Vaccine operations Central Provinces & Berar 1922-1929 - 1922-1929
Year: 1922
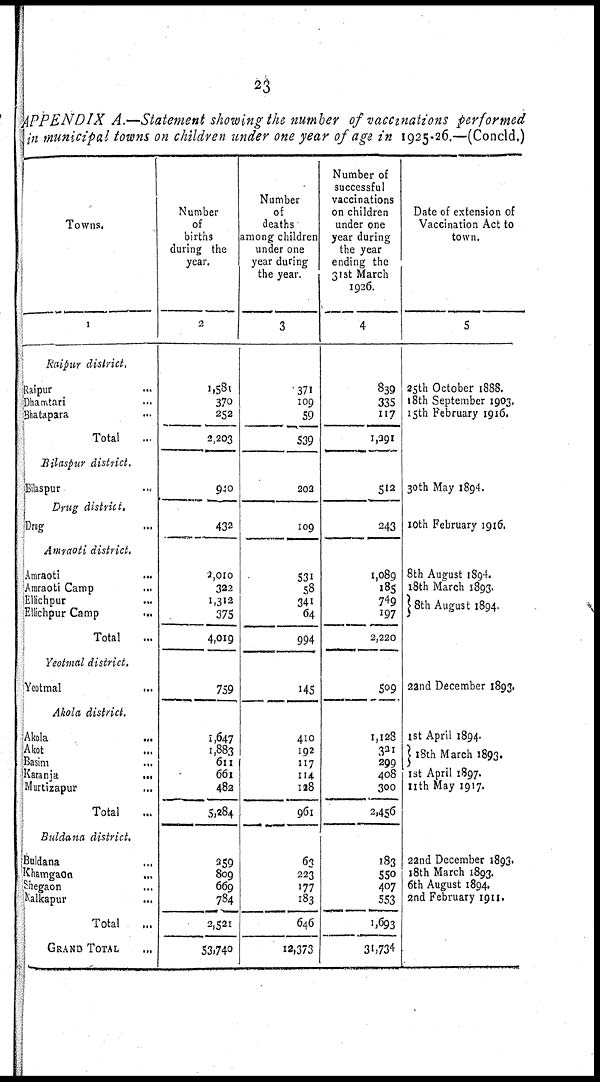
23
APPENDIX A.—Statement showing the number of vaccinations performed
in municipal towns on children under one year of age in 1925-26.—(Concld.)
Towns.
1
Raipur
district.
Raipur ...
Dhamtari ...
Bhatapara ...
Total ...
Bilaspur
district.
Bilaspur ...
Drug
district.
Drug ...
Amraoti
district.
Amraoti ...
Amraoti Camp ...
Ellichpur
...
Ellichpur Camp
...
Total ...
Yeotmal
district.
Yeotmal ...
Akola
district.
Akola
...
Akot ...
Basim ...
Karanja
...
Murtizapur ...
Total
Buldana
district.
Buldana
...
Khamgaon
...
Shegaon ...
Nalkapur ...
Total ...
GRAND TOTAL ...
Number
of
births
during the
year.
2
1,581
370
252
2,203
940
432
2,010
322
1,312
375
4,019
759
1,647
1,883
611
661
482
5,284
259
809
669
784
2,521
53,740
Number
of
deaths
among children
under one
year during
the year.
3
371
109
59
539
202
109
531
58
341
64
994
145
410
192
117
114
128
961
63
223
177
183
646
12,373
Number of
successful
vaccinations
on children
under one
year during
the year
ending the
31st March
1926.
4
839
335
117
1,291
512
243
1,089
185
749
197
2,220
509
1,128
321
299
408
300
2,456
183
550
407
553
1,693
31,734
Date of extension of
Vaccination Act to
town.
5
25th October 1888.
18th September 1903.
15th February 1916.
30th May 1894.
10th February 1916.
8th August 1894.
18th March 1893.
8th August 1894.
22nd December 1893.
1st April 1894.
18th March 1893.
1st April 1897.
11th May 1917.
22nd December 1893.
18th March 1893.
6th August 1894.
2nd February 1911.